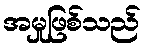
အမှုဖြစ်သည်